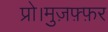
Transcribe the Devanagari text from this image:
प्रो।मुज़फ़्फ़र